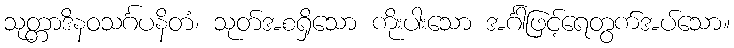
သုတ္တာဒိနဝသင်္ဂပနိတံ၊ သုတ်အစရှိသော ကိုးပါးသော အင်္ဂါဖြင့်ရေတွက်အပ်သော။